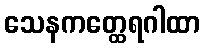
သေနကတ္ထေရဂါထာ